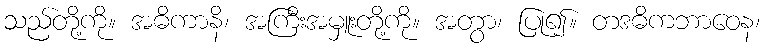
သည်တို့ကို။ အဓိကာနိ၊ အကြီးအမှူးတို့ကို။ အတွာ၊ ပြု၍။ တဒဓိကဘာဝေန၊